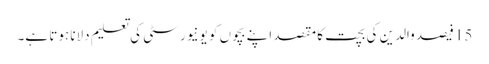
15 فیصد والدین کی بچت کا مقصد اپنے بچوں کو یونیورسٹی کی تعلیم دلانا ہوتا ہے۔